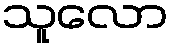
သူလော